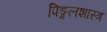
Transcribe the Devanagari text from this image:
पिङ्गलशास्त्र